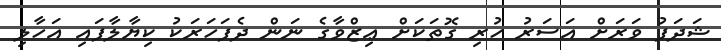
ޝަދަފު ވަރަށް އަސަރު ހުރި ގޮތަކަށް ޢިޒްވާގެ ނަން ދެފަހަރަކު ކިޔާލާފައި އަހާލި